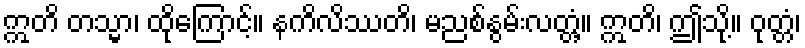
ဣတိ တသ္မာ၊ ထိုကြောင့်။ နကိလိဿတိ၊ မညစ်နွမ်းလတ္တံ့။ ဣတိ၊ ဤသို့။ ဝုတ္တံ၊